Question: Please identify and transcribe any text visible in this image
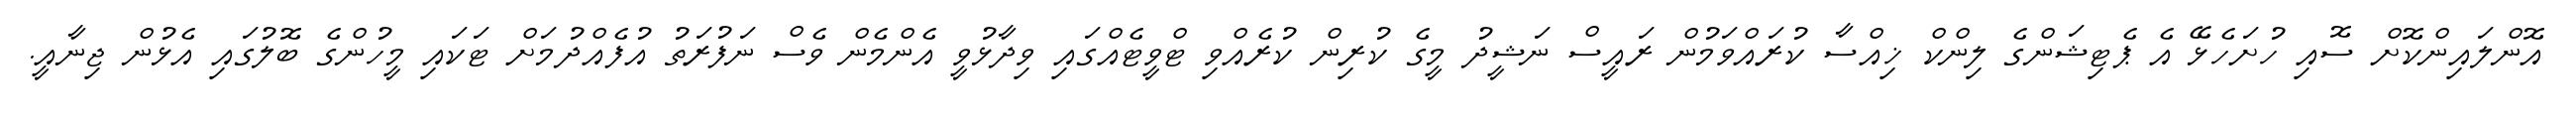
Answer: އޮންލައިންކޮށް ސޮއި ހުށަހެޅޭ އެ ޕެޓިޝަންގެ ލިންކް ޚިއްސާ ކުރައްވަމުން ރައީސް ނަޝީދު މީގެ ކުރިން ކުރެއްވި ޓްވީޓެއްގައި ވިދާޅުވީ އެންމެން ވެސް ނަފުރަތު އުފެއްދުމަށް ޓަކައި މީހުންގެ ބޮލުގައި އެޅުން ޖިނާއީ.